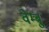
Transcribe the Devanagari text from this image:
वेम्बु